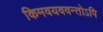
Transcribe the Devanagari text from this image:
किमवयववन्तोऽपि